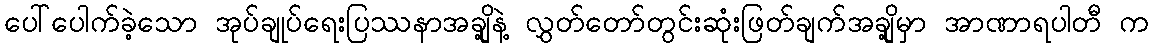
ပေါ်ပေါက်ခဲ့သော အုပ်ချုပ်ရေးပြဿနာအချို့နဲ့ လွှတ်တော်တွင်းဆုံးဖြတ်ချက်အချို့မှာ အာဏာရပါတီ က